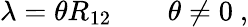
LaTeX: \lambda=\theta R_{12}\qquad\theta\neq 0~,